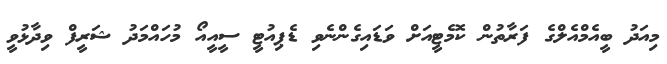
މިއަދު ބީއެމްއެލްގެ ފަރާތުން ކޮމެޓީއަށް ވަޑައިގެންނެވި ޑެޕިއުޓީ ސީއީއޯ މުހައްމަދު ޝަރީފް ވިދާޅުވީ